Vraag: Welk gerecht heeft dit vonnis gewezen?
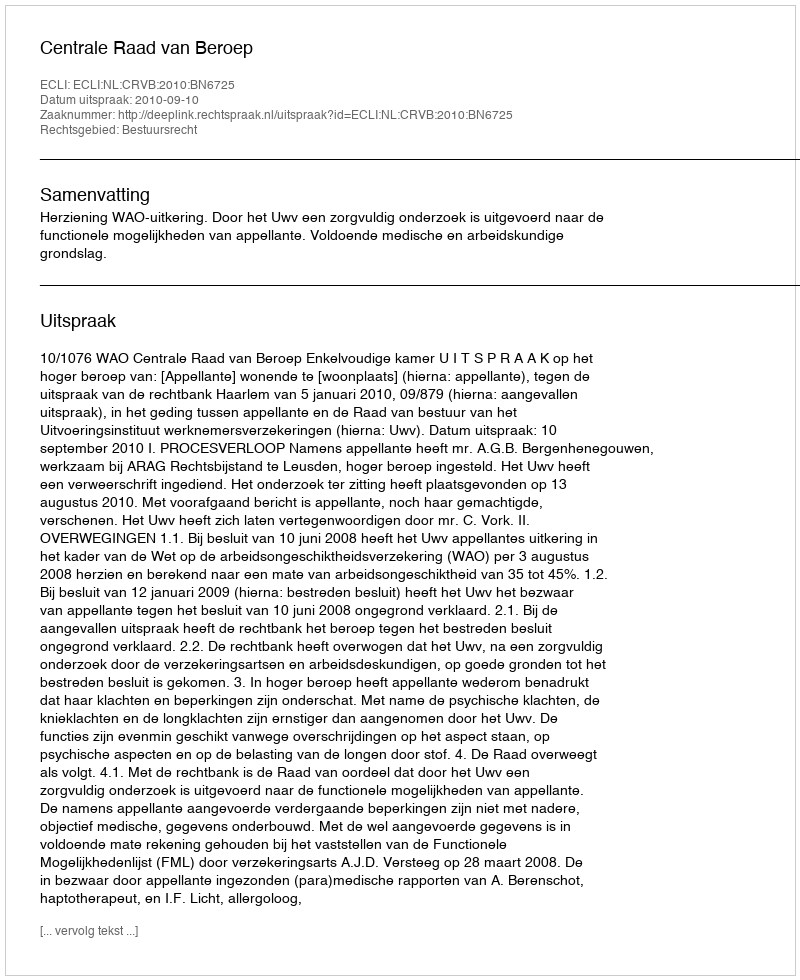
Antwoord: Centrale Raad van Beroep